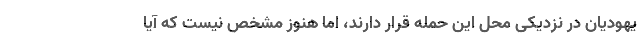
یهودیان در نزدیکی محل این حمله قرار دارند، اما هنوز مشخص نیست که آیا